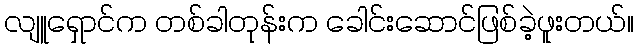
လျူရှောင်က တစ်ခါတုန်းက ခေါင်းဆောင်ဖြစ်ခဲ့ဖူးတယ်။